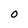
Character: O